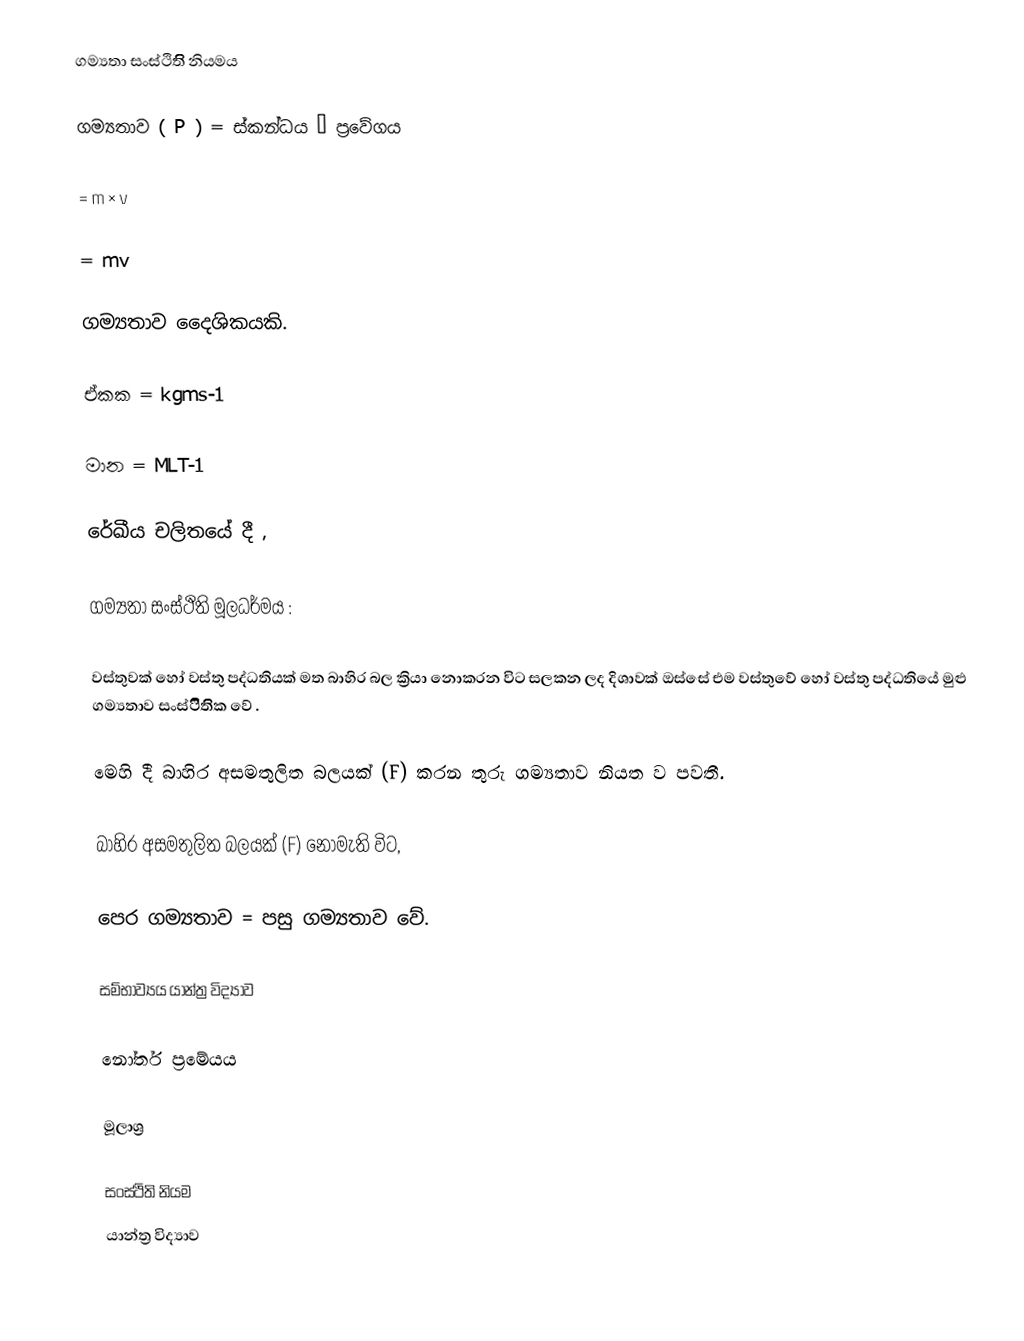
ගම්‍යතා සංස්ථිතිිි නියමය

ගම්‍යතාව ( P ) = ස්කන්ධය × ප්‍රවේගය

= m × v

= mv

ගම්‍යතාව දෛශිකයකි.

ඒකක = kgms-1

මාන   = MLT-1

රේඛීය චලිතයේ දී ,

ගම්‍යතා සංස්ථිති මූලධර්මය :

වස්තුවක් හෝ වස්තු පද්ධතියක් මත බාහිර බල ක්‍රියා නොකරන විට සලකන ලද දිශාවක් ඔස්සේ එම වස්තුවේ හෝ වස්තු පද්ධතියේ මුළු ගම්‍යතාව සංස්ථිිිතිික වේ .

මෙහි දී බාහිර අසමතුලිත බලයක් (F) කරන තුරු  ගම්‍යතාව නියත ව පවතී.

බාහිර අසමතුලිත බලයක් (F) නොමැති විට,

පෙර ගම්‍යතාව = පසු ගම්‍යතාව වේ.

සම්භාව්‍යය යාන්ත්‍ර විද්‍යාව

නෝතර් ප්‍රමේයය

මූලාශ්‍ර

සංස්ථිති නියම
යාන්ත්‍ර විද්‍යාව